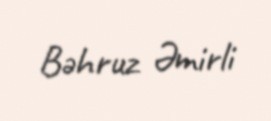
Bəhruz Əmirli